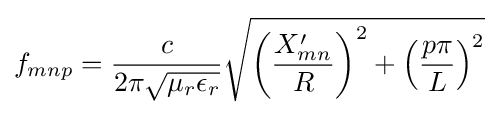
f_{mnp}={\frac {c}{2\pi {\sqrt {\mu _{r}\epsilon _{r}}}}}{\sqrt {\left({\frac {X'_{mn}}{R}}\right)^{2}+\left({\frac {p\pi }{L}}\right)^{2}}}